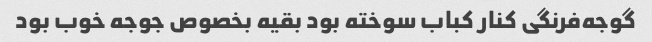
گوجه‌فرنگی کنار کباب سوخته بود بقیه بخصوص جوجه خوب بود